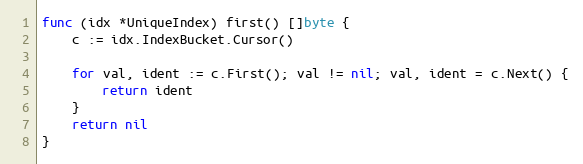
Language: Go
func (idx *UniqueIndex) first() []byte {
	c := idx.IndexBucket.Cursor()

	for val, ident := c.First(); val != nil; val, ident = c.Next() {
		return ident
	}
	return nil
}